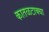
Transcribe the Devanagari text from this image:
कातळटाक्या